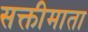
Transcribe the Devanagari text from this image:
सक्तीमाता